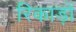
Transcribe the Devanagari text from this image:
रिकाड़ों